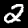
Label: 2